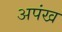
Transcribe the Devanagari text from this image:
अपंख